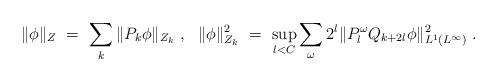
LaTeX: \begin{align*} \|\phi\|_{Z} \ =\ \sum_k \| P_k\phi \|_{Z_k} \ , \ \ \| \phi\|_{Z_k}^2 \ =\ \sup_{l<C} \sum_{\omega }2^{l}\|P^\omega_lQ_{k+2l} \phi \|_{L^1(L^\infty)}^2 \ . \end{align*}